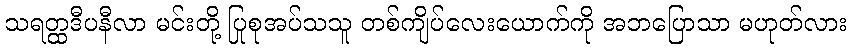
သရတ္ထဒီပနီလာ မင်းတို့ ပြုစုအပ်သသူ တစ်ကျိပ်လေးယောက်ကို အဘပြောသာ မဟုတ်လား